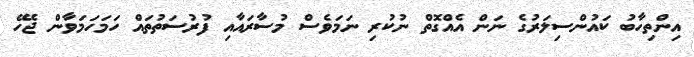
އިންތިހާބު ކައުންސިލަރުގެ ނަން އެއްގޮތް ނުކުރި ނަމަވެސް މުސާރައާއި ފުރުސަތުތައް ހަމަހަމަވާން ޖެހޭ